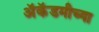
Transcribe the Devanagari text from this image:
अॅकॅडमीच्या